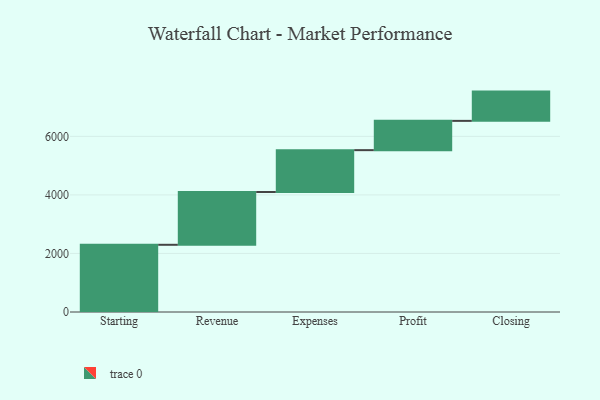
{"axis": {"x": "Step", "y": "Value"}, "legend": [""], "data": [{"x": "Starting", "y": 2296.0, "type": ""}, {"x": "Revenue", "y": 1803.0, "type": ""}, {"x": "Expenses", "y": 1430.0, "type": ""}, {"x": "Profit", "y": 1000, "type": ""}, {"x": "Closing", "y": 1000, "type": ""}]}